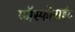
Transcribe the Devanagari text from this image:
फॉस्फोराईट